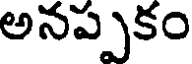
అనప్పకం